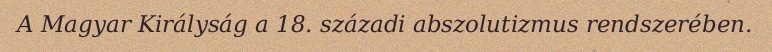
A Magyar Királyság a 18. századi abszolutizmus rendszerében.